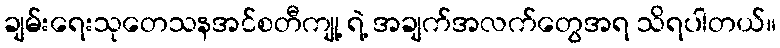
ချမ်းရေးသုတေသနအင်စတီကျု့ ရဲ့ အချက်အလက်တွေအရ သိရပါတယ်။